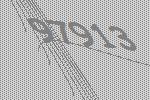
97913